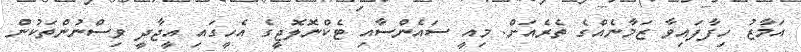
އަމާޒު ހިފާފައިވާ ޒަމާނެއްގެ ތެރެއަށް. މިއީ ސައެންސާއި ޓެކްނޮލޮޖީގެ އެހީގައި އީޖާދީ ވިސްނުންތަކުން